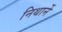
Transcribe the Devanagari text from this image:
निथार्ने